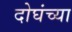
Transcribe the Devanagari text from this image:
दोघंच्या